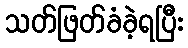
သတ်ဖြတ်ခံခဲ့ရပြီး